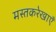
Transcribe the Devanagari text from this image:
मस्तकरेखाएँ